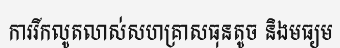
ការរីកលូតលាស់សហគ្រាសធុនតូច និងមធ្យម